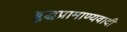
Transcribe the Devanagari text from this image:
बुद्धप्रामाण्यवादी